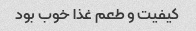
کیفیت و طعم غذا خوب بود